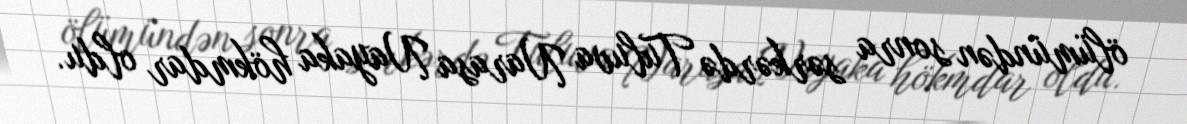
ölümündən sonra sərkərdə Tuluva Narasa Nayaka hökmdar oldu.